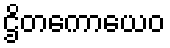
ဌိတကောယေဝ